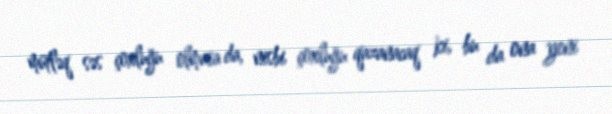
mütləq səs çoxluğu olmasa da, nisbi çoxluğu qazanacaq ki, bu da ona yeni